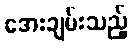
အေးချမ်းသည့်